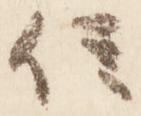
位